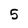
Character: 5